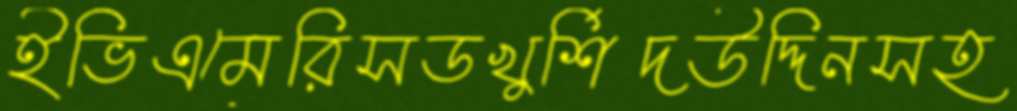
ইভিএমেরিসডখুর্শিদউদ্দিনসহ